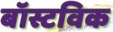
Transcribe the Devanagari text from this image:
बॉस्टविक